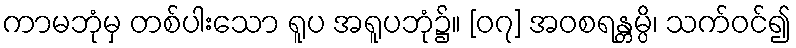
ကာမဘုံမှ တစ်ပါးသော ရူပ အရူပဘုံ၌။ [၀၇] အဝစရန္တမ္ပိ၊ သက်ဝင်၍